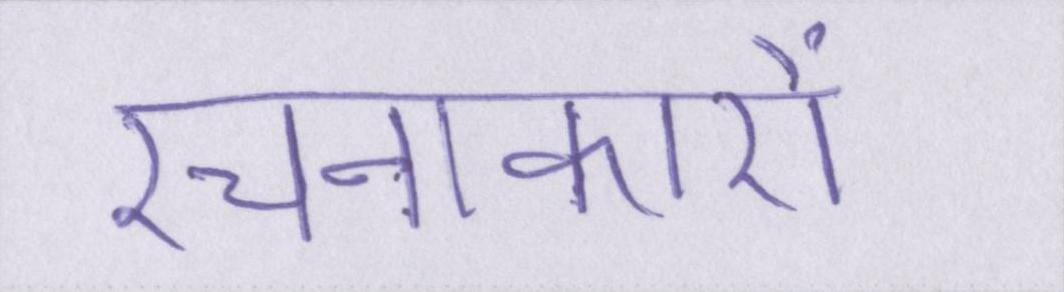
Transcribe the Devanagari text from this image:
रचनाकारों